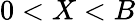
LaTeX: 0<X<B